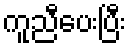
ကူညီပေးပြီး